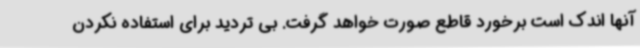
آنها اندک است برخورد قاطع صورت خواهد گرفت. بی تردید برای استفاده نکردن